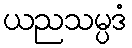
ယညသမ္ပဒံ